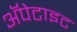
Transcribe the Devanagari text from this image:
अॅपेटाइट